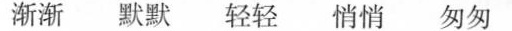
渐渐 默默 轻轻 悄悄 匆匆